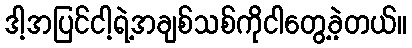
ဒါ့အပြင်ငါ့ရဲ့အချစ်သစ်ကိုငါတွေ့ခဲ့တယ်။